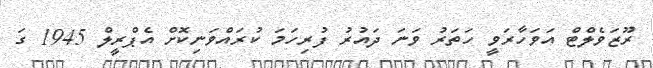
ރޫޒަވެލްޓް އަވަހާރަވީ ހަތަރު ވަނަ ދައުރު ފުރިހަމަ ކުރައްވަނިކޮށް އެޕްރީލް 1945 ގަ